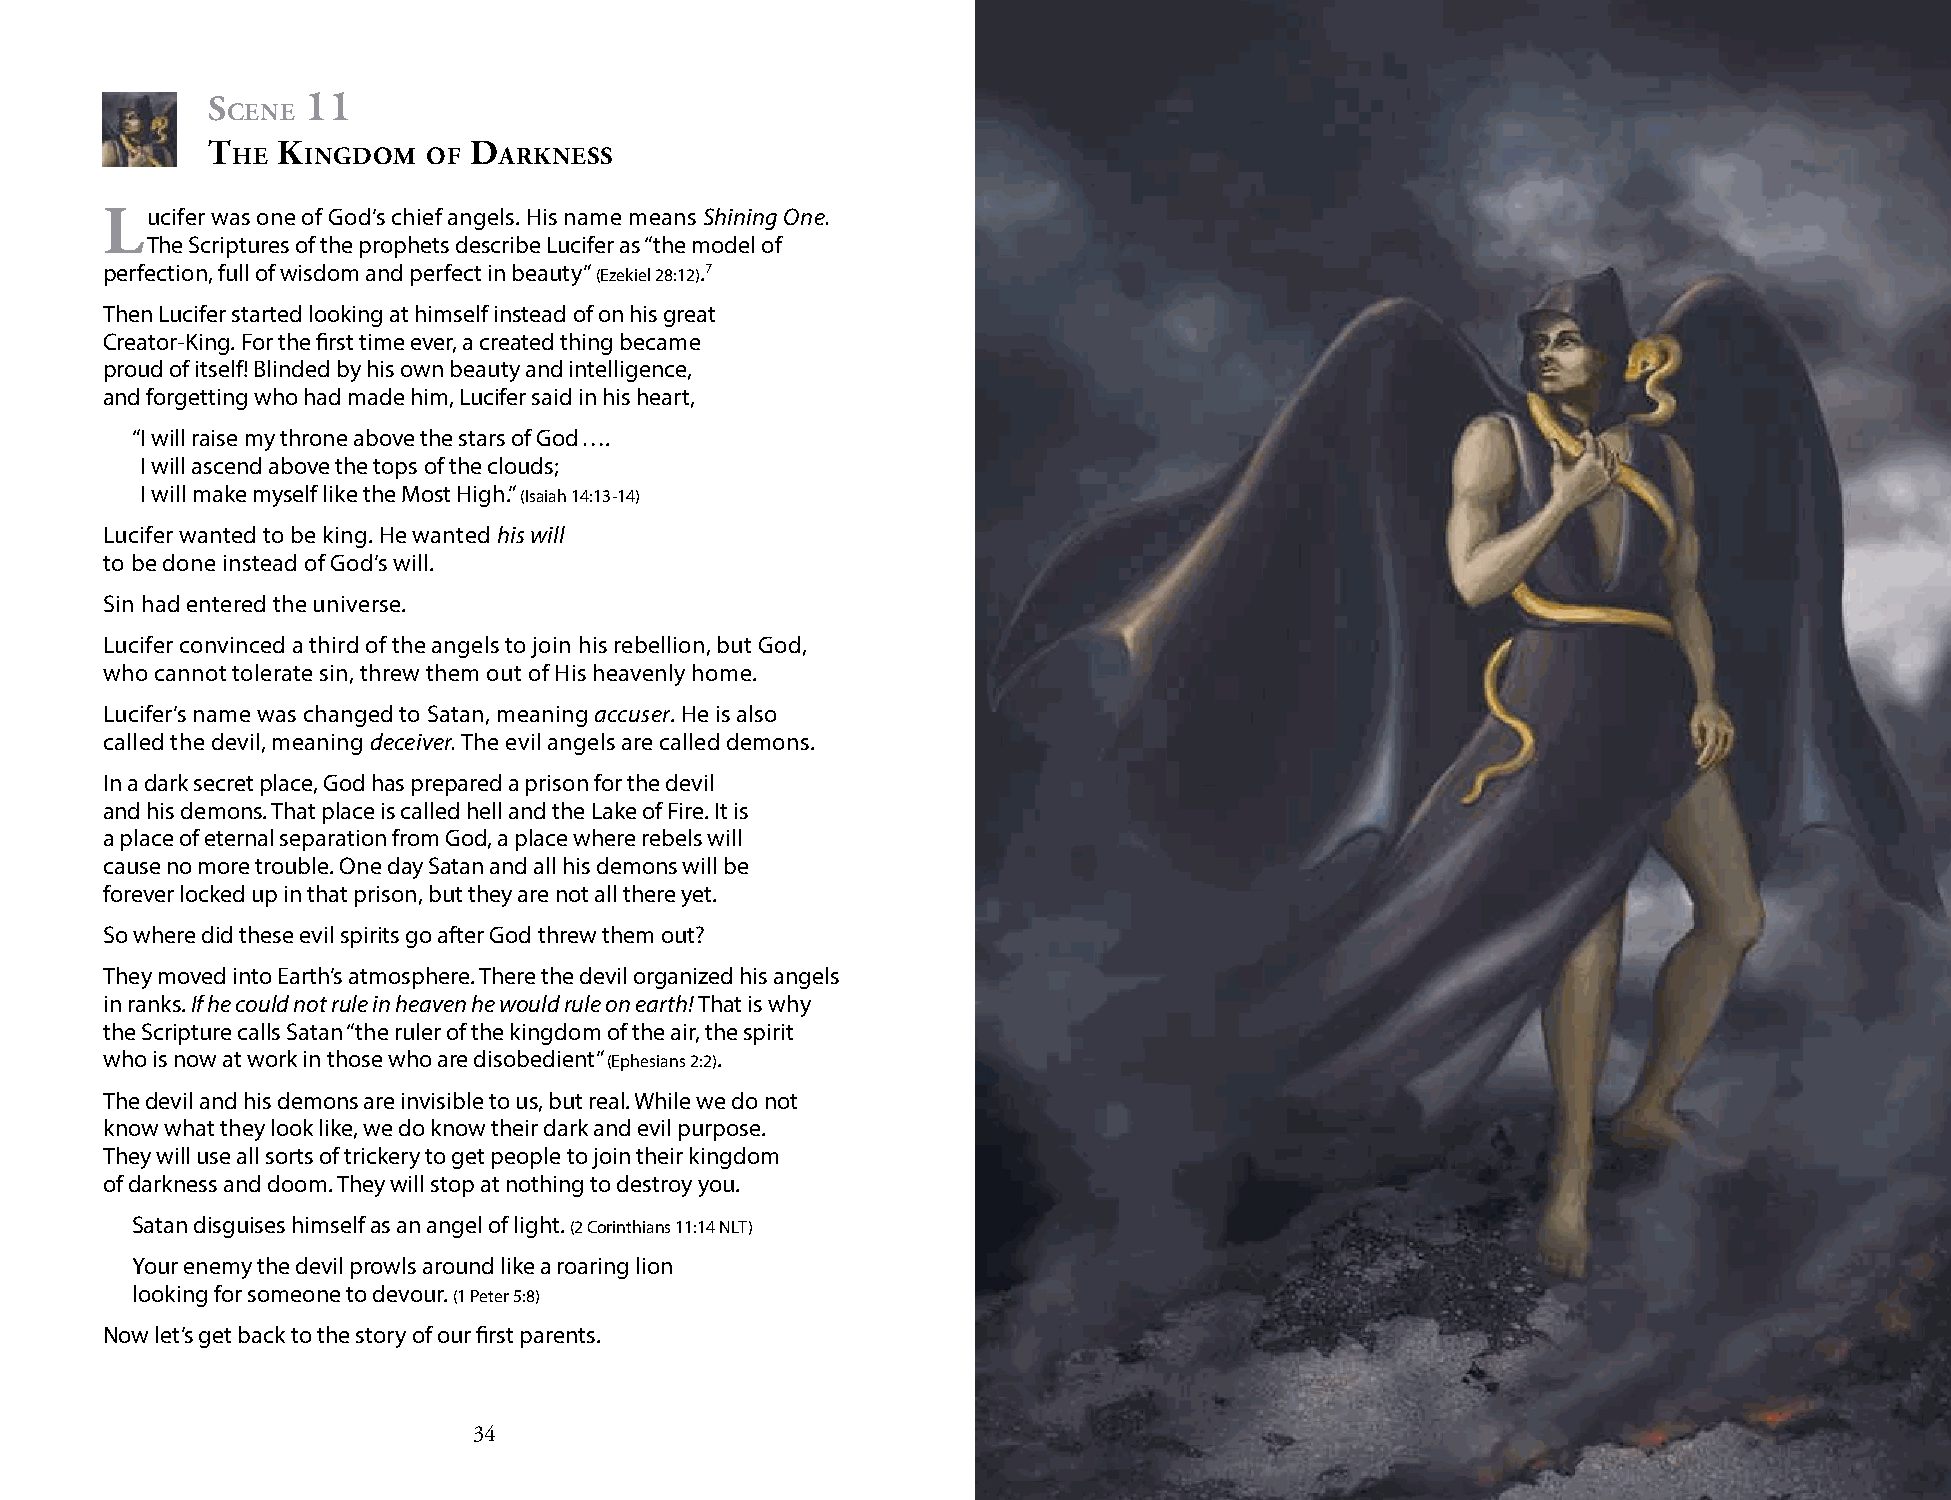
s     11
 cene
 t   K            d
 he   ingdom  of   ArKness
 lucifer was one of God’s chief angels. His name means Shining One.
 The Scriptures of the prophets describe Lucifer as “the model of
 perfection, full of wisdom and perfect in beauty” (Ezekiel 28:12).7
 Then Lucifer started looking at himself instead of on his great
 Creator-King. For the first time ever, a created thing became
 proud of itself! Blinded by his own beauty and intelligence,
 and forgetting who had made him, Lucifer said in his heart,
 “I will raise my throne above the stars of God ….
 I will ascend above the tops of the clouds;
 I will make myself like the Most High.” (Isaiah 14:13-14)
 Lucifer wanted to be king. He wanted his will
 to be done instead of God’s will.
 Sin had entered the universe.
 Lucifer convinced a third of the angels to join his rebellion, but God,
 who cannot tolerate sin, threw them out of His heavenly home.
 Lucifer’s name was changed to Satan, meaning accuser. He is also
 called the devil, meaning deceiver. The evil angels are called demons.
 In a dark secret place, God has prepared a prison for the devil
 and his demons. That place is called hell and the Lake of Fire. It is
 a place of eternal separation from God, a place where rebels will
 cause no more trouble. One day Satan and all his demons will be
 forever locked up in that prison, but they are not all there yet.
 So where did these evil spirits go after God threw them out?
 They moved into Earth’s atmosphere. There the devil organized his angels
 in ranks. If he could not rule in heaven he would rule on earth! That is why
 the Scripture calls Satan “the ruler of the kingdom of the air, the spirit
 who is now at work in those who are disobedient” (Ephesians 2:2).
 The devil and his demons are invisible to us, but real. While we do not
 know what they look like, we do know their dark and evil purpose.
 They will use all sorts of trickery to get people to join their kingdom
 of darkness and doom. They will stop at nothing to destroy you.
 Satan disguises himself as an angel of light. (2 Corinthians 11:14 NLT)
 Your enemy the devil prowls around like a roaring lion
 looking for someone to devour. (1 Peter 5:8)
 Now let’s get back to the story of our first parents.
 34